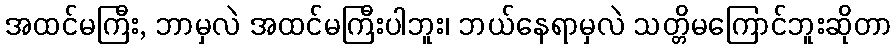
အထင်မကြီး, ဘာမှလဲ အထင်မကြီးပါဘူး၊ ဘယ်နေရာမှလဲ သတ္တိမကြောင်ဘူးဆိုတာ